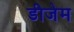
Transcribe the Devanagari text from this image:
डीजेम